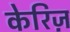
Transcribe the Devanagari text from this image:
केरिज़